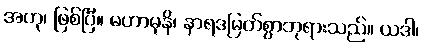
အဟု၊ ဖြစ်ပြီ။ မဟာမုနိ၊ နာရဒမြတ်စွာဘုရားသည်။ ယဒါ၊